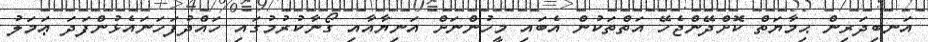
އަނބިދަރިން ޙިމާޔަތް ކޮށްދޭންޖެހޭ އަތްތަކުން އެބައި މީހުންނަށް އަނިޔާއާއި ގޯނާކުރުމުގައި ހައްދުފަހަނައެޅުންފަދަ ޢަމަލު